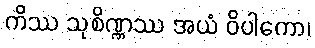
ကိဿ သုစိဏ္ဏဿ အယံ ဝိပါကော၊